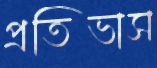
প্রতিভাস